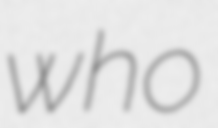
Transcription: who